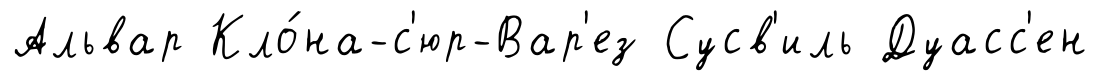
Альвар Кло́на-с'юр-Вар'ез Сусв'иль Дуасс'ен